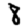
Digit: 8